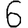
Digit: 6